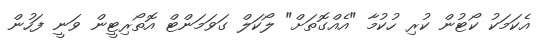
އެކަމަކު ކޯޓުން ކުރި ހުކުމާ "އެއްގޮތަށް" ލޯކަލް ގަވަމަންޓް އޮތޯރިޓީން ވަނީ ފަހުން